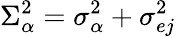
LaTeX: \Sigma_{\alpha}^{2}=\sigma_{\alpha}^{2}+\sigma_{ej}^{2}